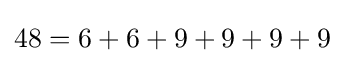
48=6+6+9+9+9+9